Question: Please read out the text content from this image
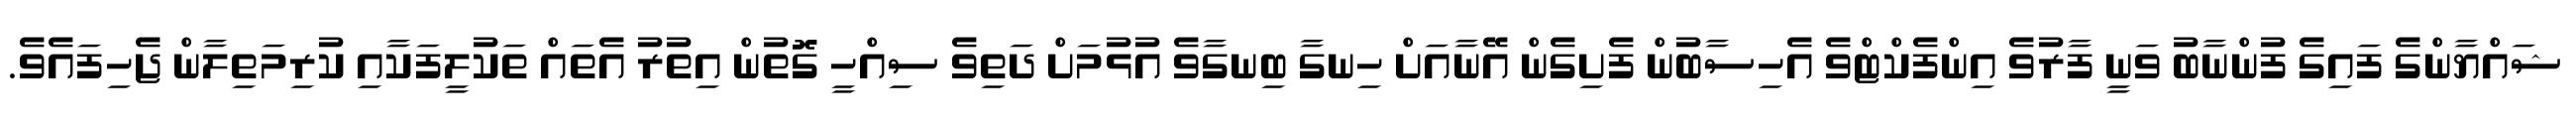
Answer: ޝައްޔާންގެ ފައިގެ ފުންނާބު ވަނީ ފާރުވެ އިންފެކްޓްވެ އެހިސާބުން ފެށިގެން އޭނާއަށް ހިނގާ ބިނގާވެ އުޅުމަށް ދަތިވެ ސިއްހީ ގޮތުން އިތުރު އެތައް ތަކުލީފަކާއި ކުރިމަތިލާން ޖެހިފައެވެ.